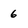
Character: 6